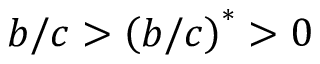
b / c > \left( b / c \right) ^ { \ast } > 0